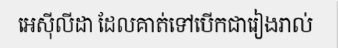
អេស៊ីលីដា ដែលគាត់ទៅបើកជារៀងរាល់